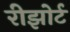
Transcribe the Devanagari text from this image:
रीझोर्ट